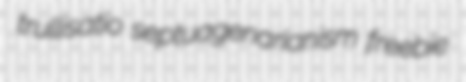
trullisatio septuagenarianism freebie